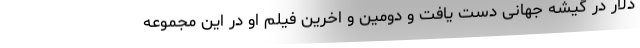
دلار در گیشه جهانی دست یافت و دومین و اخرین فیلم او در این مجموعه